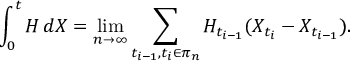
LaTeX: \int _ { 0 } ^ { t } H \, d X = \operatorname* { l i m } _ { n \rightarrow \infty } \sum _ { t _ { i - 1 } , t _ { i } \in \pi _ { n } } H _ { t _ { i - 1 } } ( X _ { t _ { i } } - X _ { t _ { i - 1 } } ) .